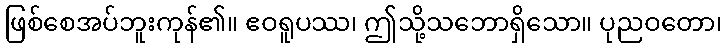
ဖြစ်စေအပ်ဘူးကုန်၏။ ဧဝရူပဿ၊ ဤသို့သဘောရှိသော။ ပုညဝတော၊